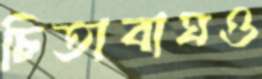
চিতাবাঘও